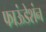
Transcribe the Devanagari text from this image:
फाऊंडेशंन